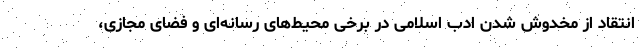
انتقاد از مخدوش شدن ادب اسلامی در برخی محیط‌های رسانه‌ای و فضای مجازی،